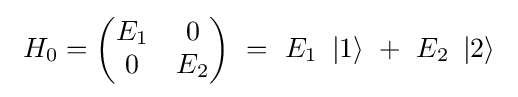
\ H_{0}={\begin{pmatrix}E_{1}&0\\0&E_{2}\\\end{pmatrix}}\ =\ E_{1}\ \left|1\right\rangle \ +\ E_{2}\ \left|2\right\rangle \